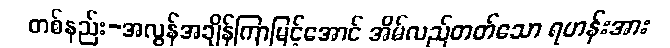
တစ်နည်း-အလွန်အချိန်ကြာမြင့်အောင် အိမ်လည်တတ်သော ရဟန်းအား